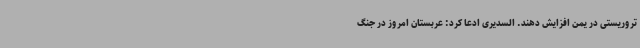
تروریستی در یمن افزایش دهند. السدیری ادعا کرد: عربستان امروز در جنگ